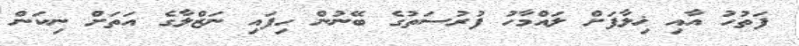
ފަތުހު އާއި ޚިލާފަށް ލައްމާހު ފުރުސަތުގެ ބޭނުން ހިފައި ނަޒްލާގެ އަތަށް ނިކަން